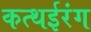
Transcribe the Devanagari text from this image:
कत्थईरंग